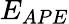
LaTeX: E_{APE}